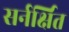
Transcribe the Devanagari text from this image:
सर्नर्क्षित